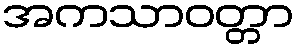
အကသာဝတ္တာ